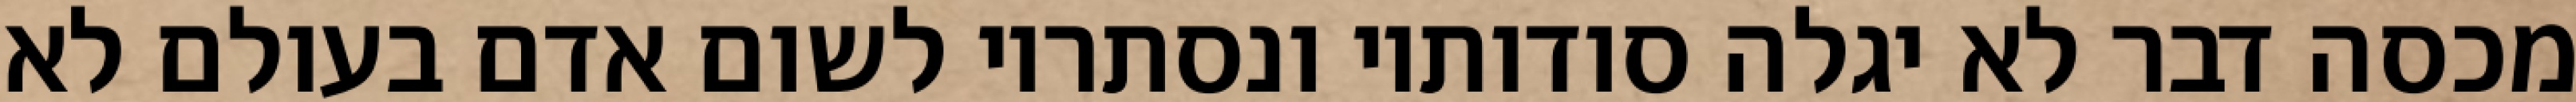
מכסה דבר לא יגלה סודותיו ונסתריו לשום אדם בעולם לא